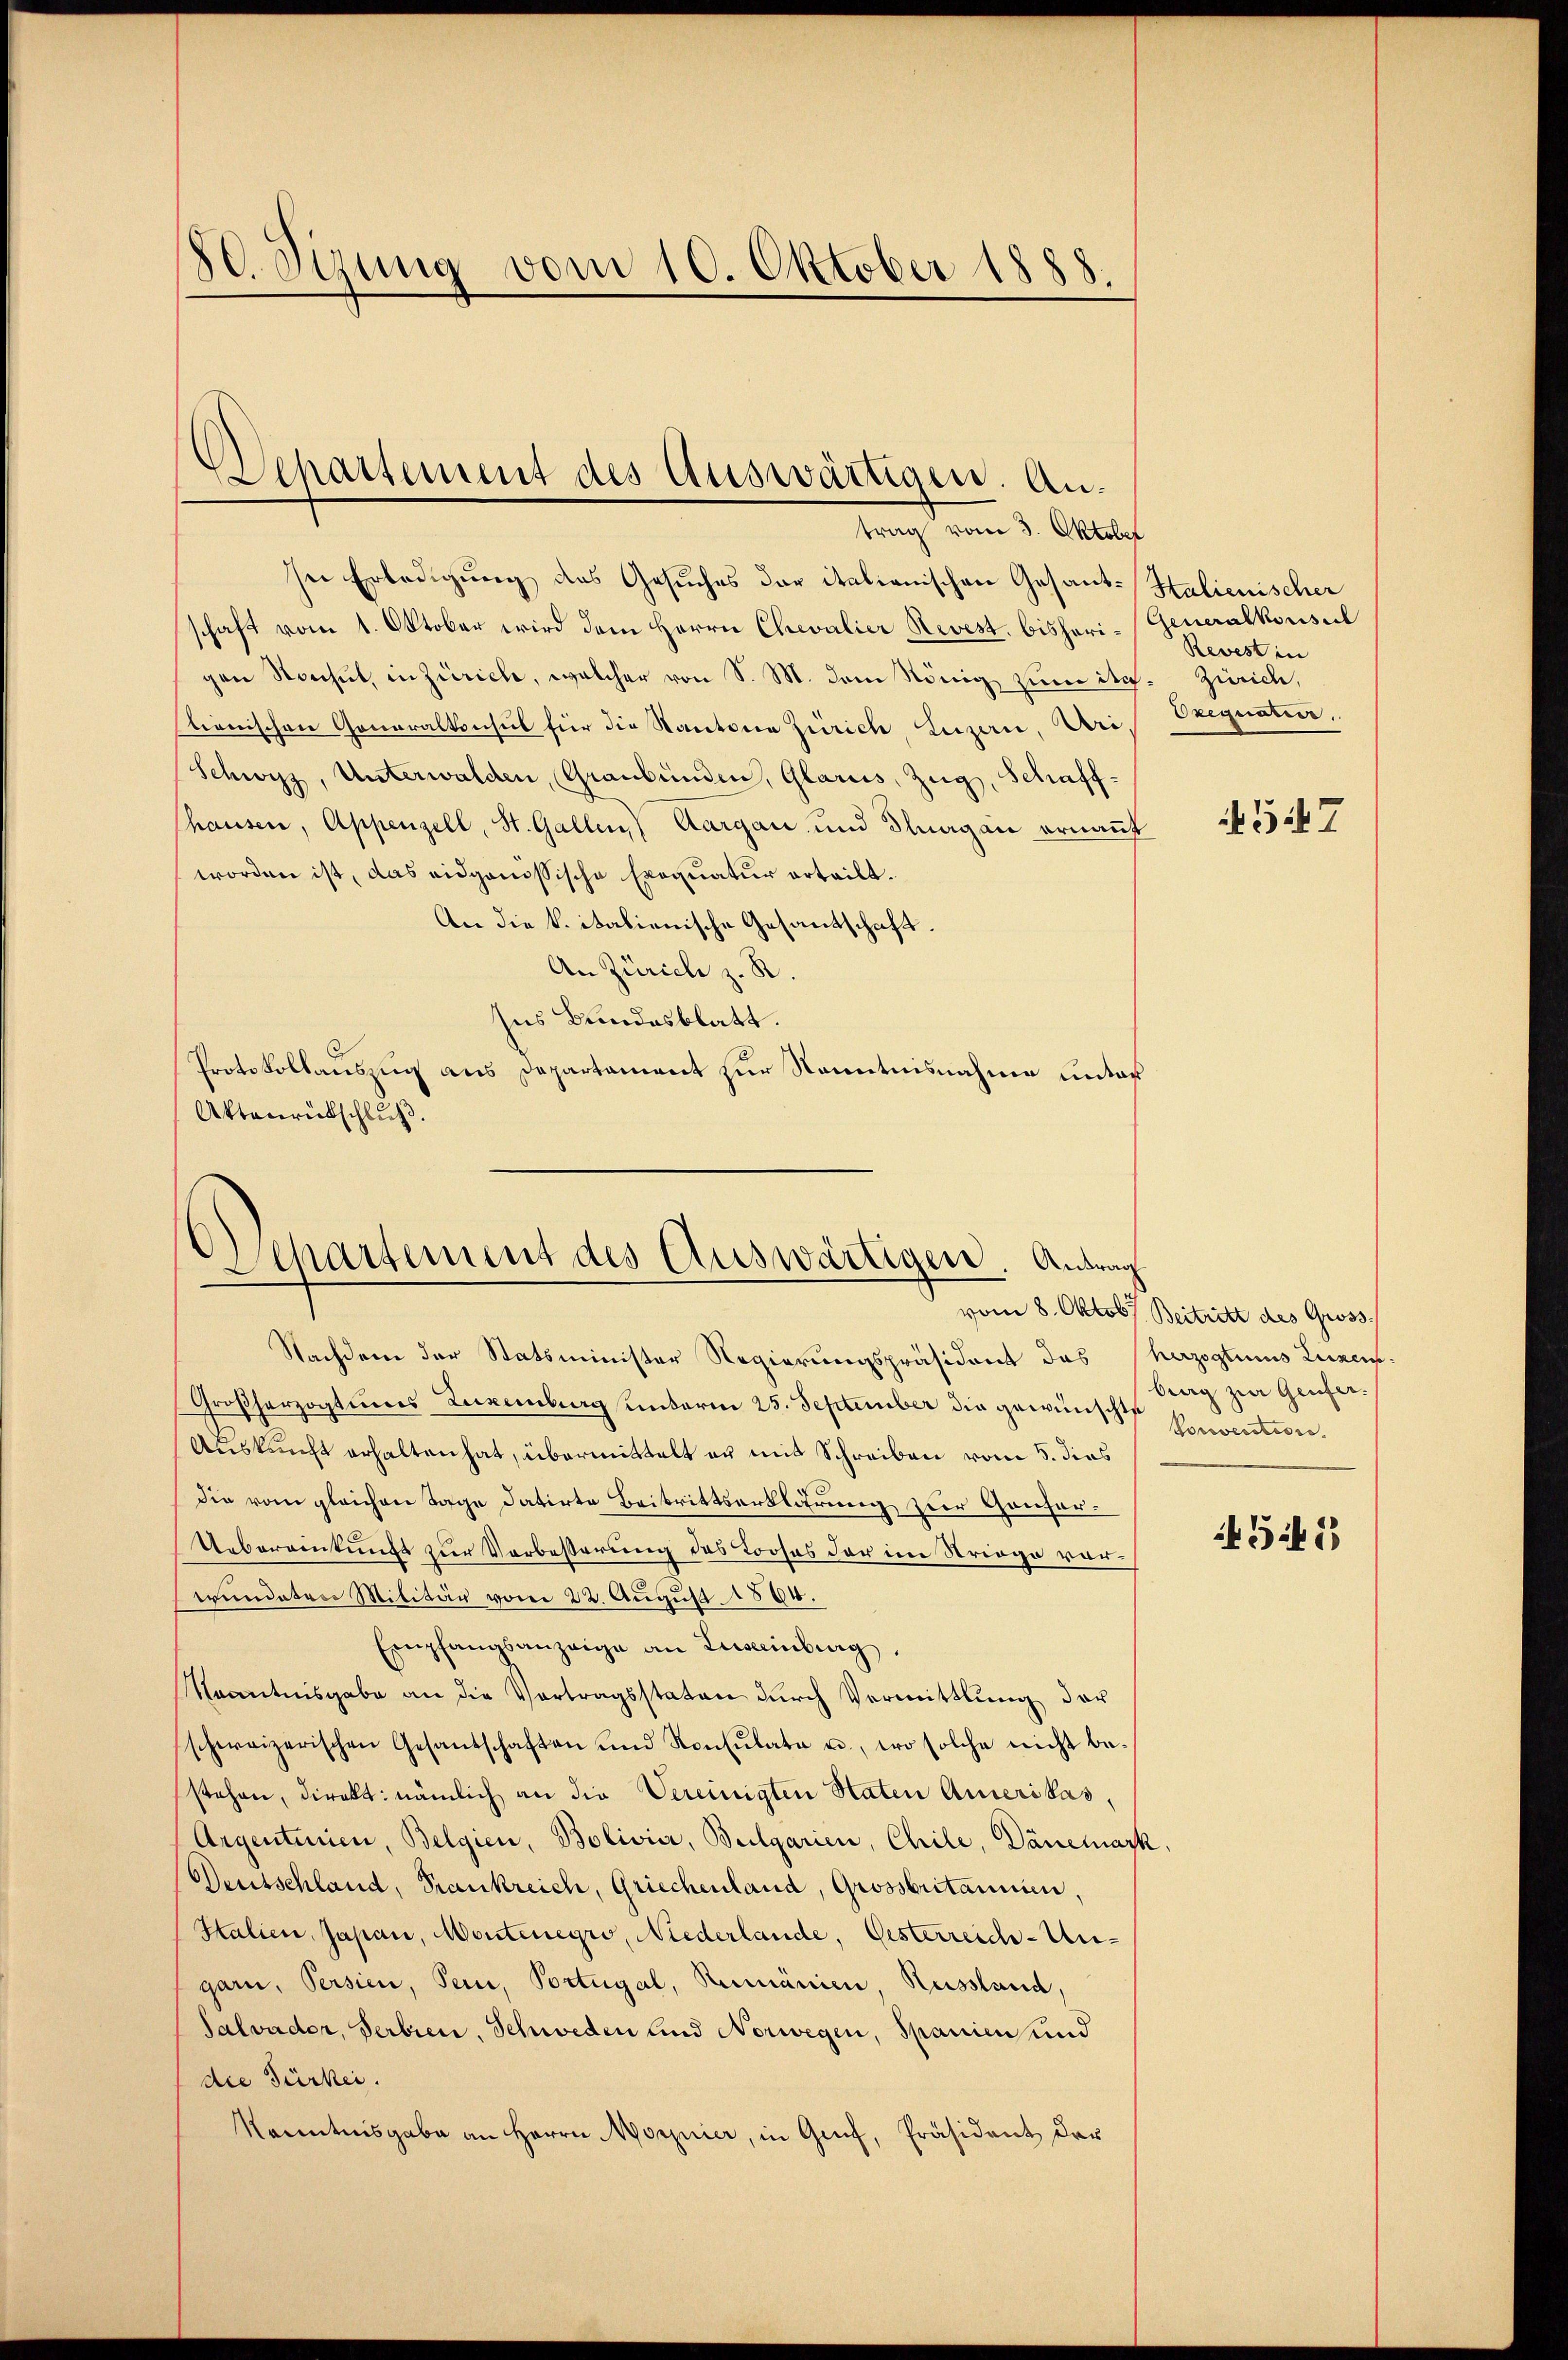
80. Stung vom 10. Oktober 1888.

Alpartement des Auswärtigen. Antrag vom 3. Oktober

In Erledigung des Gesuches der italienischen Gesantschaft vom 1. Oktober wird dem Herrn Chevalier Revest. bisheri-Generalkonsul
gen Storchet, in Zürich, welcher von S. M. dem König zum ite. Zürich,
stianischen Generalkonsul für die Kantone Zürich, Luzern, Uri
Schwyz, Unterwalden, Graubünden, Glarus, Zug, Schaffhausen, Appenzell, St. Gallen, Aargau und Flurgau ernannt
worden ist, das eidgenössische Exequatur erteilt.
An die k. italienische Gesandschaft.
An Zürich z. R.
ses Bundesblatt.
Protokollauszug aus Departament zur Kenntnisnahme unter
Aktenrückschluß.

Departement des Auswärtigen. Antrag

Htalienischer
Revest in
Oregnatier,
547

Nachdem der Statsminister Regierungspräsident des herzogtums Luxen¬
Großherzogtumes Luxenburg unterm 25. September die gewünschte Invention
Auskunft erhalten hat, übermittelt er mit Schreiben vom 5. dies
die vom gleichen Tage datirte Beitrittserklärung zur Genfer¬
Uebereinkunft zur Verbesserung des Looses der im Striege vorwündeten Militär vom 22. August 1884.
Empfangsanzeige an Lusainburg,
aantnisgabe an die Vertragsstaten dŭrch Vermittlung der
schweizerischen Gesandschaften und Konsŭlata u., wo solche nicht be-
stehen, direkt: nämlich an die Vereinigten Staten Amerikas,
Argenteien, Belgien, Bolivier, Bulgarien, Chile, Dänemark,
Deutschland, Frankreich, Griechenland, Grossbritannien,
Italien, Japani, Montenegio, Niederlande, Gesterreich-Ungarn, Persien, sein, Portugal, Rumänien, Russland,
Salvader, Serbien, Schweden und Norwegen, Spanien und
die Türkei.
kanntnisgabe an Herrn Morier, in Genf, Präsident dar

vom 8. Oktob. Beitritt des Gross
berg zur Genfer¬
5413